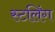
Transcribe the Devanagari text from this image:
स्टलिंग